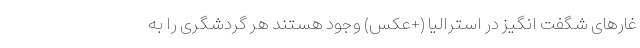
غار‌های شگفت انگیز در استرالیا (+عکس) وجود هستند هر گردشگری را به